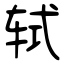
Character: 轼